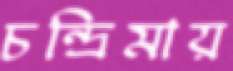
চন্দ্রিমায়